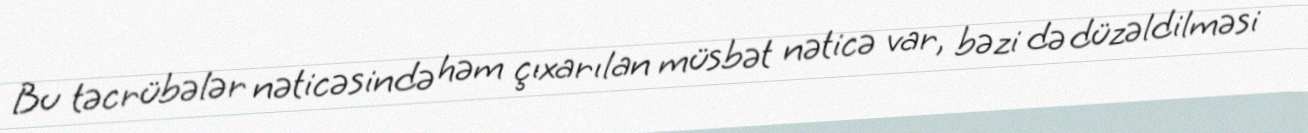
Bu təcrübələr nəticəsində həm çıxarılan müsbət nəticə var, bəzi də düzəldilməsi